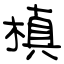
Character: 槙